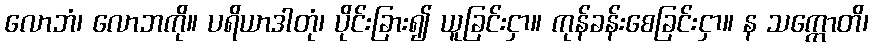
လောဘံ၊ လောဘကို။ ပရိယာဒါတုံ၊ ပိုင်းခြား၍ ယူခြင်းငှာ။ ကုန်ခန်းစေခြင်းငှာ။ န သက္ကောတိ၊